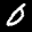
Digit: 0